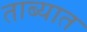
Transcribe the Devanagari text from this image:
ताब्‍यात